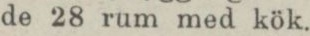
de 28 rum med kök.